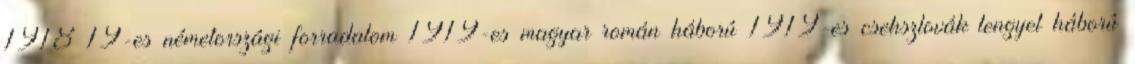
1918–19-es németországi forradalom 1919-es magyar–román háború 1919-es csehszlovák–lengyel háború